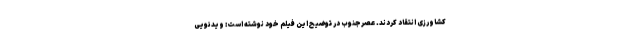
کشاورزی انتقاد کردند. عصرجنوب در توضیح این فیلم خود نوشته است: ویدئویی